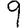
Digit: 9